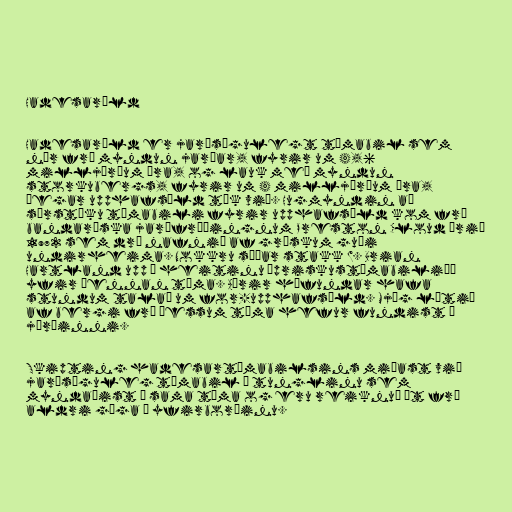
Hadesaröld

Hadesaröld er jarðsögulegt tímabil sem
nær frá myndun jarðar, fyrir um 4,6
milljörðum ára, og lauk með myndun
storkubergs, fyrir um 4 milljörðum ára,
þegar upphafsöld tók við. Hugmyndin að
sérstöku tímabili fyrir upphafsöld kom frá
bandaríska jarðfræðingnum Preston Cloud árið
1972 sem dró nafnið af grískum guði
undirheima. Nokkru síðar stakk W. Brian
Hartland upp á heitinu „priskustímabilið“
yfir þennan tíma. Aðrir höfundar hafa
stundum talað um for-upphafsöld. Mjög lítið
af bergi frá þessum tíma hefur fundist á
jörðinni.

Skipting hadesartímabilsins miðast við
jarðsöguleg tímabil á tunglinu sem
myndaðist á sama tíma og eru reiknuð út frá
aldri gíga á yfirborðinu.